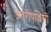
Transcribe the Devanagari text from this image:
उत्तरीपश्चिमी